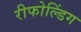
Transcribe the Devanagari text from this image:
रीफोल्डिंग